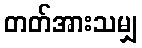
တတ်အားသမျှ